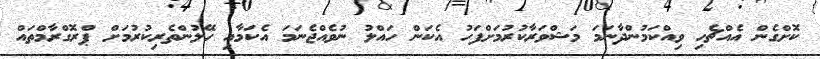
ކޮށްގެން އެއްޗެހި ވިއްކަމުންދާނަމަ މަޝްވަރާކުރުމަށްފަހު އެކަން ހައްލު ނުވެއްޖެނަމަ އެކަމާއި ހޭލުންތެރިކުރުމަށް ޕްރޮގްރާމްތައް